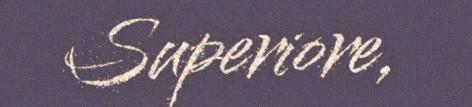
Superiore,